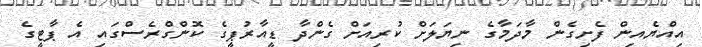
އިއްޔެއިން ފެށިގެން މާދަމާގެ ނިޔަލަށް ކުރިއަށް ގެންދާ ޑީއާރުޕީގެ ކޮންގްރެސްގައި އެ ޕާޓީގެ